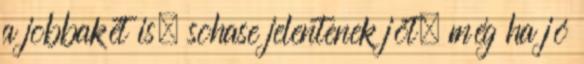
a jobbakét is, sohase jelentenek jót, még ha jó